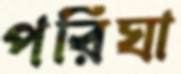
পরিঘা